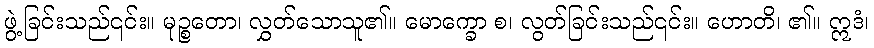
ဖွဲ့ခြင်းသည်၎င်း။ မုဉ္စတော၊ လွှတ်သောသူ၏။ မောက္ခော စ၊ လွတ်ခြင်းသည်၎င်း။ ဟောတိ၊ ၏။ ဣဒံ၊